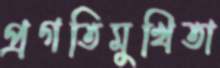
প্রগতিমুখিতা